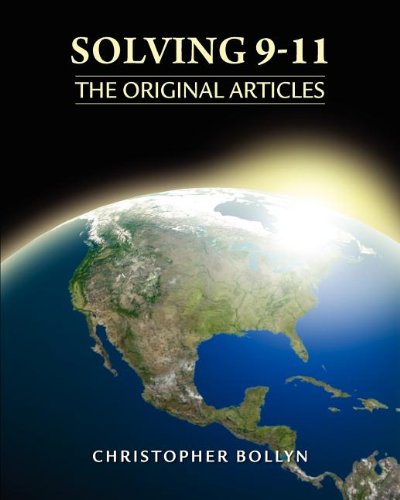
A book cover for Solving 9-11: The Original Articles; Christopher Lee Bollyn; History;